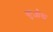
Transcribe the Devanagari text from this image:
कुओक